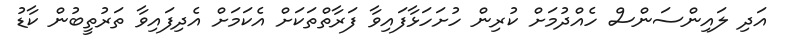
އަދި ލައިންސަންސް ހެއްދުމަށް ކުރިން ހުށަހަޅާފައިވާ ފަރާތްތަކަށް އެކަމަށް އެދިފައިވާ ތަރުތީބުން ކާޑު